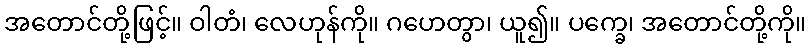
အတောင်တို့ဖြင့်။ ဝါတံ၊ လေဟုန်ကို။ ဂဟေတွာ၊ ယူ၍။ ပက္ခေ၊ အတောင်တို့ကို။